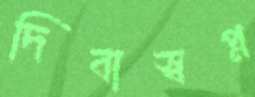
দিবাস্বপ্ন